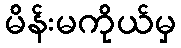
မိန်းမကိုယ်မှ